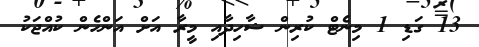
13 ގަޑި 1 މިނެޓް ކުރިން ޝާހިދާއި މީރާ އަށް އަންހެން ކުއްޖަކު